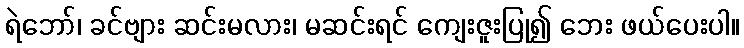
ရဲဘော်၊ ခင်ဗျား ဆင်းမလား၊ မဆင်းရင် ကျေးဇူးပြု၍ ဘေး ဖယ်ပေးပါ။